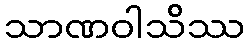
သာဏဝါသိဿ